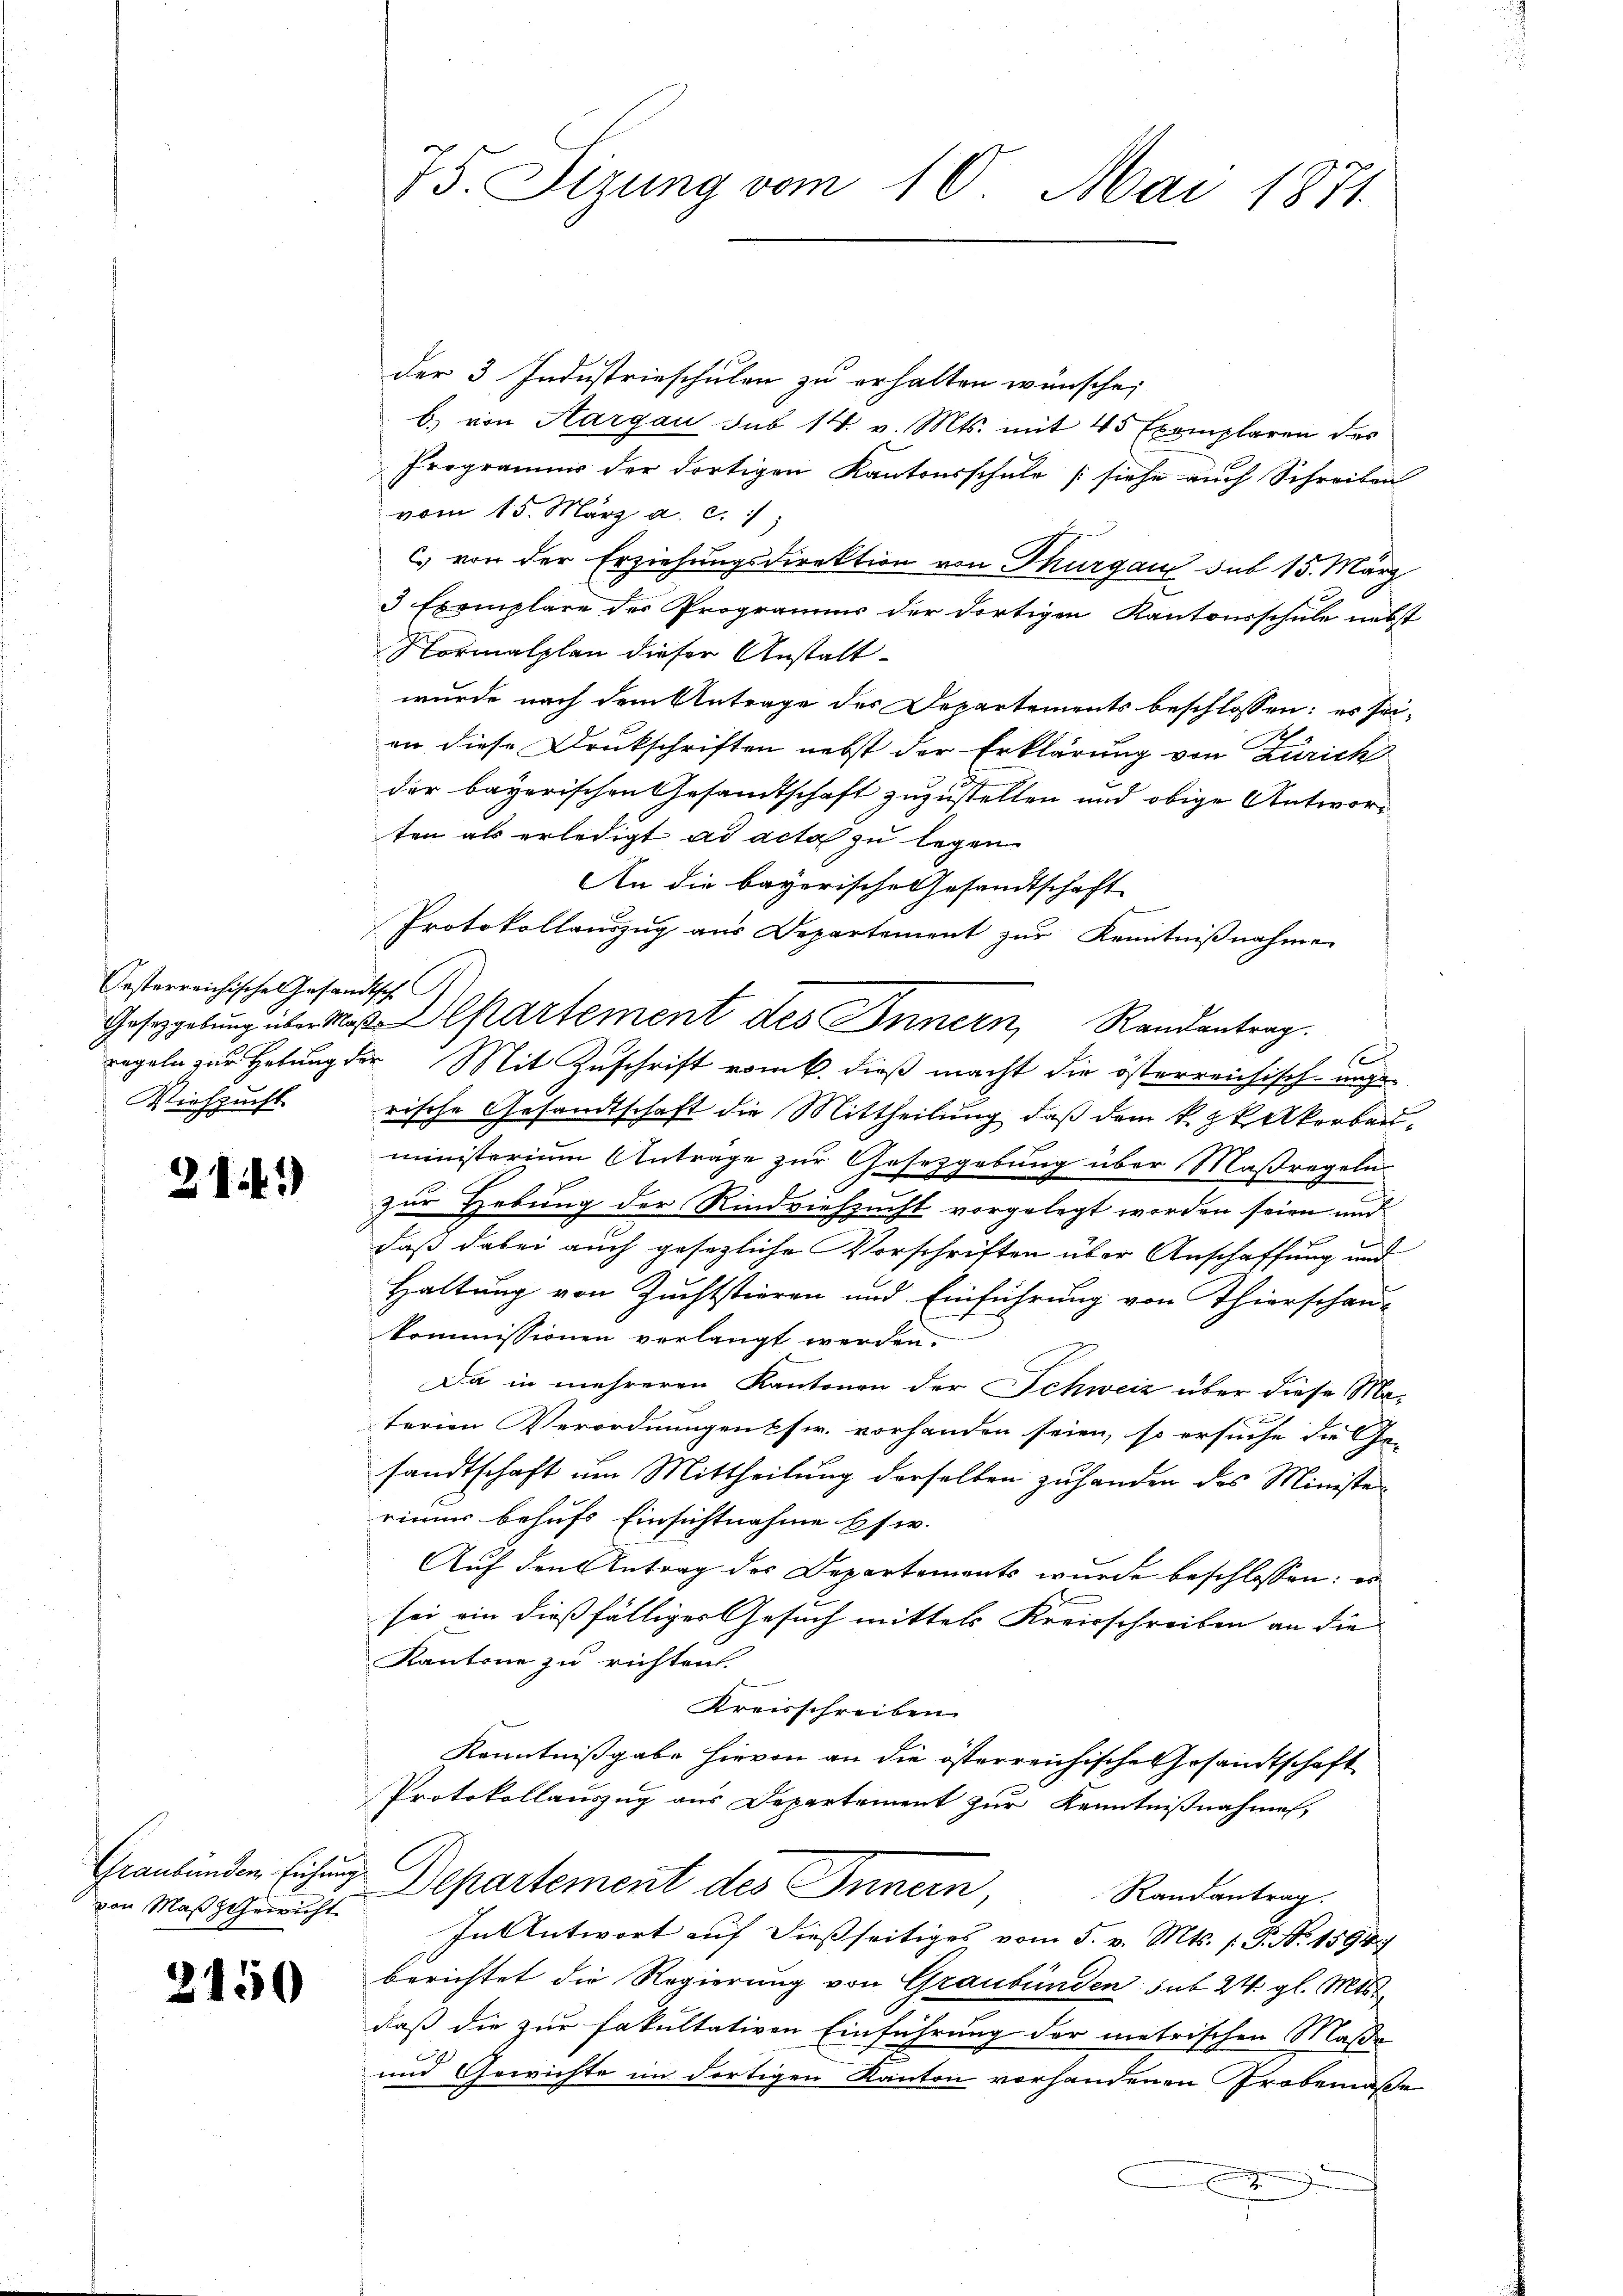
Oesterreichisches Gesandtsch
Viehzucht

214)

von Maßsterricht

2150

der 3 Industrieschulen zu erhalten wünsche;
b) von Aargau sub 14 v. Mts. mit 45 Exemplaren des
Programm der dortigen Kantonsschule (siehe auch Schreiben
vom 15. März a. c.
c.) von der Erziehungsdirektion von Thurgau sub 15. März
3 Exemplare der Programms der dortigen Kantonsschule nebst
Normalplan dieser Anstalt
wurde nach dem Antrage des Departements beschlossen: es sei-
an diese Drukschriften nebst der Erklärung von Zürich
der bayerischen Gesandtschaft zuzustellen und obige Antworten als erledigt ad acta zu legen
An die bayerische Gesandtschaft
Protokollauszug aus Departement zur Kenntnißnahme
Gesetzgebung über Masepartement des Innern, Randantrag
regeln zur Hebung der Mit Zuschrift vom 6. dieß macht die österreichisch-unge-
rische Gesandtschaft die Mittheilung, daß dem k. pkakorben
ministerium Antrage zur Gesetzgebung über Maßregeln
zur Hebung der Rindviehzucht vorgelegt worden seien und
daß dabei auch gesezliche Vorschriften über Anschaffung und
Haltung von Zuchtstieren und Einführung von Thierschau-
kommissionen verlangt werden.
Da in mehreren Kantonen der Schweiz über diese Materien Verordnungen fr. vorhanden seien, so ersuche die Ge-
sandtschaft um Mittheilung derselben zuhanden das Ministe
rinner behufs Einsichtnahme bsw.
Auf den Antrag der Departements wurde beschlossen: es
sei ein dießfälliger Gesuch mittels Kreisschreiben an die
Kantone zu richten.
Kreisschreiben.
Kenntnißgabe hievon an die österreichische Gesandtschaft
Protokollauszug aus Departement zur Kenntnißnahmen,
Graubünden Eichung Departement des Innern,
Randantrag.
In Antwort auf dießseitiges vom 5. v. Mts. (T. N. 1594
berichtet die Regierung von Graubünden sub 24. gl. Mts.
daß die zur Fakultativen Einführung der metrischen Maße
und Gewichte im dortigen Kanton vorhandenen Grobemaße
x

75. Sizung vom 10. Mai 1871